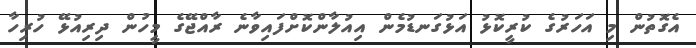
އެގޮތުން މި އަހަރުގެ ކުރީކޮޅު އަޅުގަނޑުމެން އިއުލާންކޮށްފައިވާނެ ރާއްޖޭގެ މީހުން ދިރިއުޅޭ ހުރިހާ